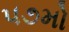
૫૭મો